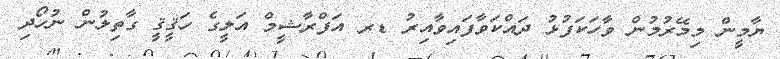
ޔާމީން މިމޭރުމުން ވާހަކަފުޅު ދައްކަވާފައިވާއިރު ޑރ އަފްރާޝީމް އަލީގެ ހަޤީޤީ ގާތިލުން ނުހޯދި